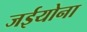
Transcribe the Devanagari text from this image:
जईयोना